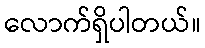
လောက်ရှိပါတယ်။